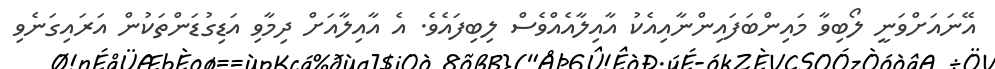
އޭނައަށްވަނީ ލޯބިވާ މައިންބަފައިންނާއިއެކު އާއިލާއެއްވެސް ލިބިފައެވެ. އެ އާއިލާއަށް ދިމާވި އަޑިގުޑަންތަކުން އަރައިގަނެވި